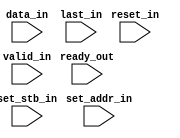
module channelizer_implementation_interface_in (
  input ready_out,
  input [32-1:0] data_in,
  input [1-1:0] last_in,
  input [1-1:0] reset_in,
  input [8-1:0] set_addr_in,
  input [1-1:0] set_stb_in,
  input [1-1:0] valid_in
);
  wire fir_compiler_7_2_1_s_axis_data_tready_net;
  wire [32-1:0] data_in_net;
  wire [1-1:0] last_in_net;
  wire [1-1:0] reset_in_net;
  wire [8-1:0] set_addr_in_net;
  wire [1-1:0] set_stb_in_net;
  wire [1-1:0] valid_in_net;
  assign fir_compiler_7_2_1_s_axis_data_tready_net = ready_out;
  assign data_in_net = data_in;
  assign last_in_net = last_in;
  assign reset_in_net = reset_in;
  assign set_addr_in_net = set_addr_in;
  assign set_stb_in_net = set_stb_in;
  assign valid_in_net = valid_in;
endmodule